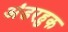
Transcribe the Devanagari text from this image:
अंडरहुक